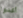
أكدوا